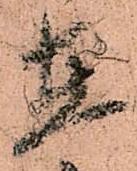
在